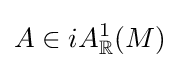
A\in iA_{\mathbb {R} }^{1}(M)